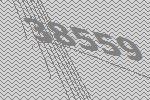
38559